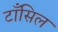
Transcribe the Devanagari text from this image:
टाँसिल